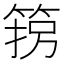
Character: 箉